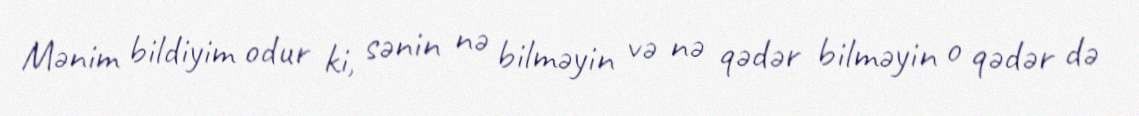
Mənim bildiyim odur ki, sənin nə bilməyin və nə qədər bilməyin o qədər də